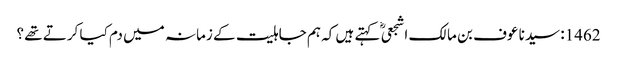
1462: سیدنا عوف بن مالک اشجعیؓ کہتے ہیں کہ ہم جاہلیت کے زمانہ میں دم کیا کرتے تھے ؟